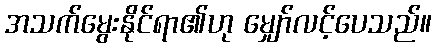
အသက်မွေးနိုင်ရာ၏ဟု မျှော်လင့်ပေသည်။